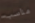
مناسب